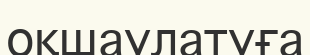
оқшаулатуға